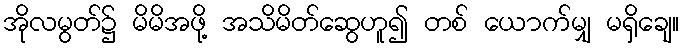
အိုလမွတ်၌ မိမိအဖို့ အသိမိတ်ဆွေဟူ၍ တစ် ယောက်မျှ မရှိချေ။